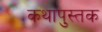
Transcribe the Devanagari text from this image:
कथापुस्तक